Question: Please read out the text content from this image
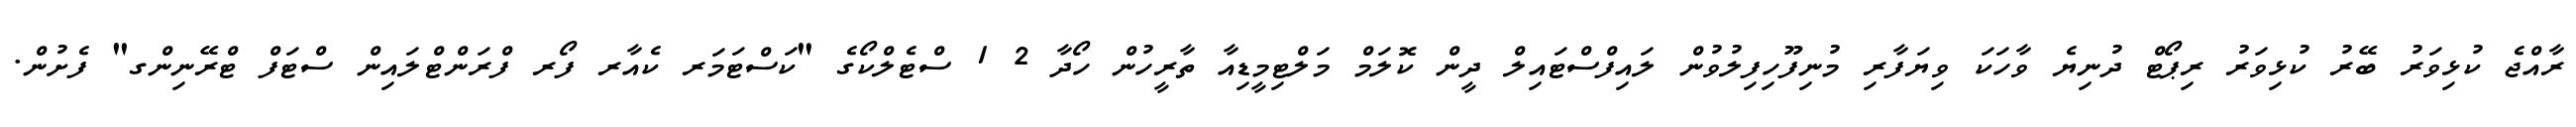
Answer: ރާއްޖެ ކުޅިވަރު ބޭރު ކުޅިވަރު ރިޕޯޓް ދުނިޔެ ވާހަކަ ވިޔަފާރި މުނިފޫހިފިލުވުން ލައިފްސްޓައިލް ދީން ކޮލަމް މަލްޓިމީޑިއާ ތާރީހުން ހޯދާ 2 1 ސްޓެލްކޯގެ "ކަސްޓަމަރ ކެއާރ ފޯރ ފްރަންޓްލައިން ސްޓަފް ޓްރޭނިންގ" ފެށުން.